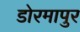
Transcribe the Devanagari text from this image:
डोरमापुर